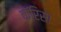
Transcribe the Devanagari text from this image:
कॅरिसा